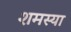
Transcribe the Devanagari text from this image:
शमस्या